Problem: 10 × 12 = ?
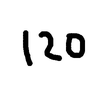
Handwritten answer: 120